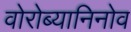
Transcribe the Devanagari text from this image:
वोरोब्यानिनोव